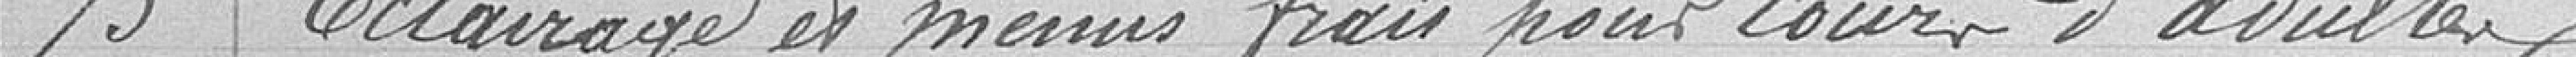
75 Eclairage et menus frais pur cours d'adultes